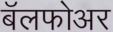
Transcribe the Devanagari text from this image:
बॅलफोअर